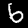
Label: 6